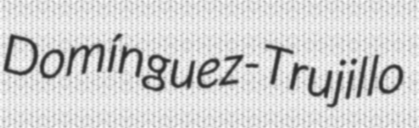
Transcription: Domínguez-Trujillo